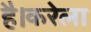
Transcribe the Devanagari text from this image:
है।करेला